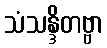
သံသန္ဒိတဗ္ဗာ